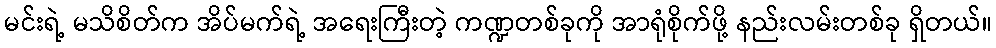
မင်းရဲ့ မသိစိတ်က အိပ်မက်ရဲ့ အရေးကြီးတဲ့ ကဏ္ဍတစ်ခုကို အာရုံစိုက်ဖို့ နည်းလမ်းတစ်ခု ရှိတယ်။